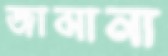
জামানা